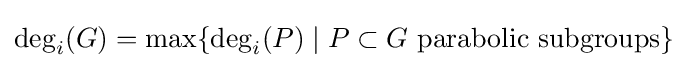
\deg _{i}(G)=\max\{\deg _{i}(P)\mid P\subset G{\text{ parabolic subgroups}}\}